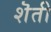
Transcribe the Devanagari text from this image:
शॆती